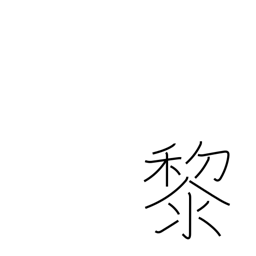
Meaning: dark